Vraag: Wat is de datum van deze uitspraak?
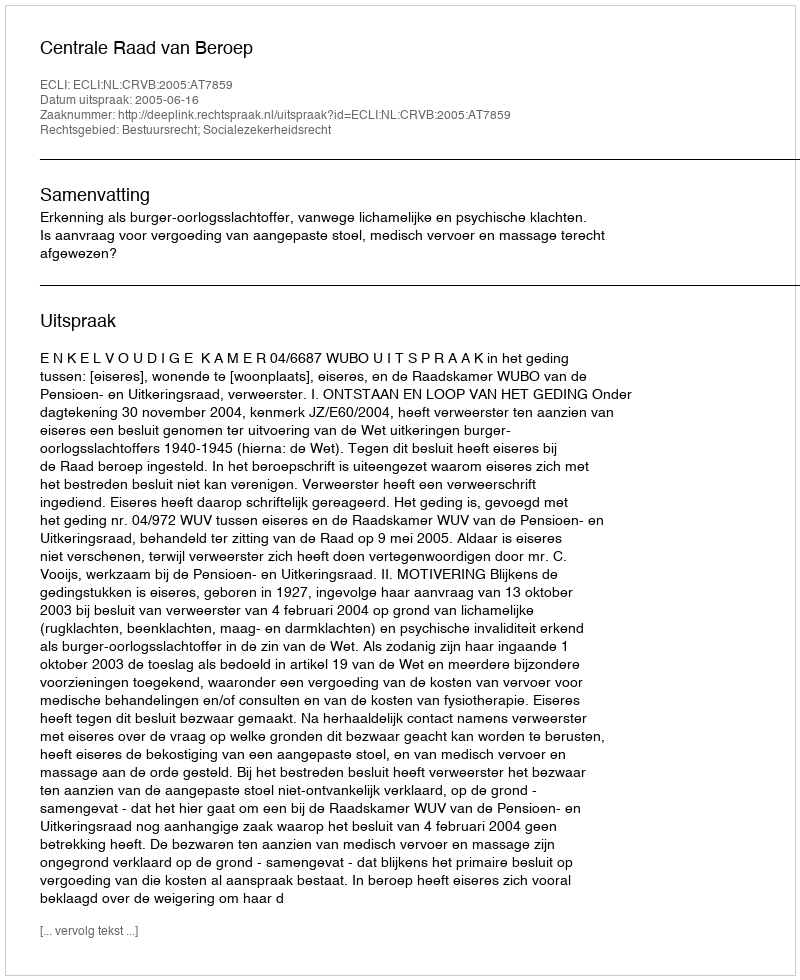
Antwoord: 2005-06-16